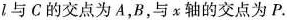
l与C的交点为A，B，与x轴的交点为P.